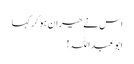
اس نے حیران ہو کر کہا
ابوعبداللہ!